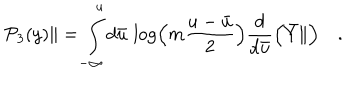
LaTeX: { \cal P } _ { 3 } ( y ) \| = \int _ { - \infty } ^ { u } d { \bar { u } } \, \log \Bigl ( m \frac { u - { \bar { u } } } { 2 } \Bigr ) \frac { d } { d { \bar { u } } } \Bigl ( { \bar { Y } } \| \Bigr ) \quad .